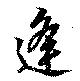
逢